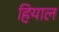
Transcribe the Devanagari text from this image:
हियाल